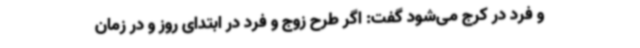
و فرد در کرج می‌شود گفت: اگر طرح زوج و فرد در ابتدای روز و در زمان